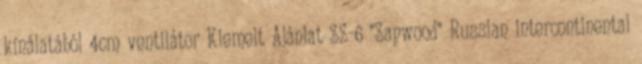
kínálatából 4cm ventilátor Kiemelt Ajánlat SS-6 "Sapwood" Russian intercontinental